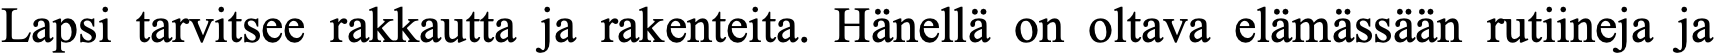
Lapsi tarvitsee rakkautta ja rakenteita. Hänellä on oltava elämässään rutiineja ja